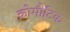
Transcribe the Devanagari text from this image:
क्रोमौटिक